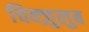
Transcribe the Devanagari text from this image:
चिक्ज़ुलुब